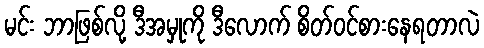
မင်း ဘာဖြစ်လို့ ဒီအမှုကို ဒီလောက် စိတ်ဝင်စားနေရတာလဲ